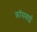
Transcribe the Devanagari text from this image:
क्रॉसबाई